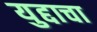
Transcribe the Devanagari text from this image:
युद्दाचा